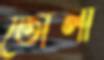
তোলা